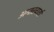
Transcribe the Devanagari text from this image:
अन्तरवार्ता